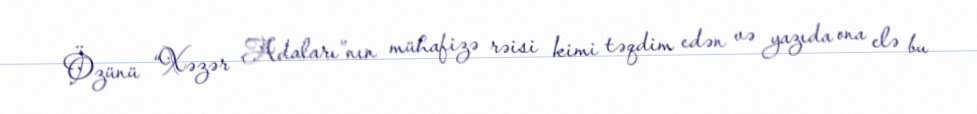
Özünü “Xəzər Adaları”nın mühafizə rəisi kimi təqdim edən və yazıda ona elə bu